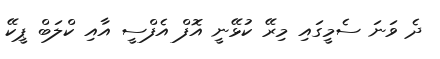
ދެ ވަނަ ސެމީގައި މިރޭ ކުޅޭނީ އޮފް އެފްސީ އާއި ކްލަބް ޕީކޭ